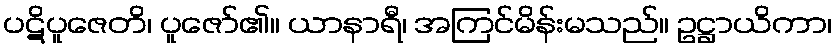
ပဋိပူဇေတိ၊ ပူဇော်၏။ ယာနာရီ၊ အကြင်မိန်းမသည်။ ဥဋ္ဌာယိကာ၊